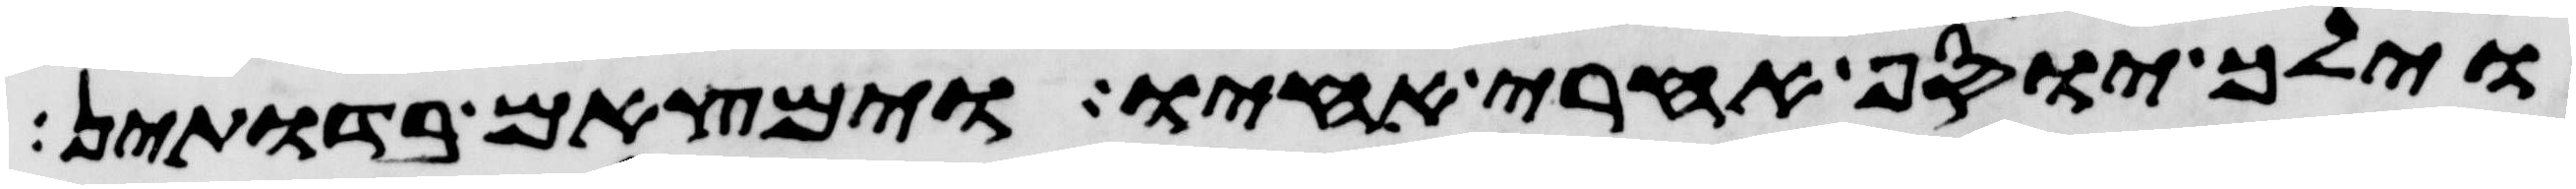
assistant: וילך יוסף אחרי אחיו וימצאם בדותין